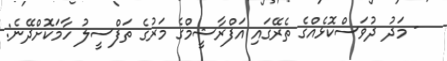
- މަދު ދުވަސްކޮޅެއްގެ ތެރޭގައި އަފްރާޝީމްގެ މަރުގެ ތަފްސީލު ހާމަކޮށްދޭނެ: